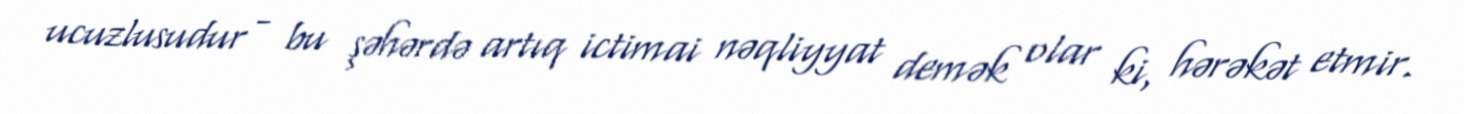
ucuzlusudur - bu şəhərdə artıq ictimai nəqliyyat demək olar ki, hərəkət etmir.